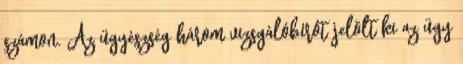
számon. Az ügyészség három vizsgálóbírót jelölt ki az ügy